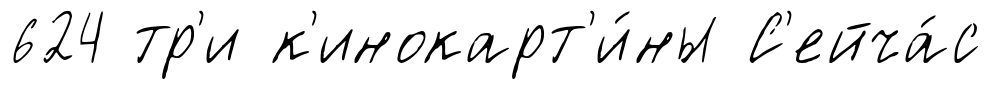
624 тр'и к'инокарт'и́ны С'ейча́с